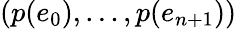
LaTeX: (p(e_{0}),\dots,p(e_{n+1}))